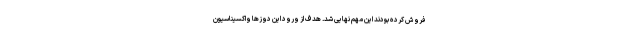
فروش کرده بودند این مهم نهایی شد. هدف از ورود این دوزها واکسیناسیون